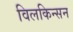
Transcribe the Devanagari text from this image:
विलकिन्सन